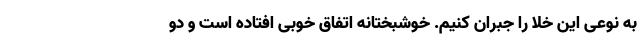
به نوعی این خلا را جبران کنیم. خوشبختانه اتفاق خوبی افتاده است و دو